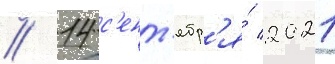
// 14 с'ент'ябр'я́ 2021